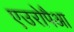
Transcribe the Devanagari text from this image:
एउरोपैआ